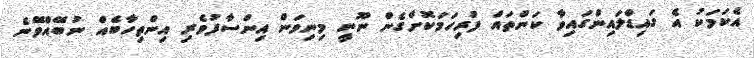
އެކަމަކު އެ ގައިޑްލައިންގައިވާ ކަންތައް ފުރިހަމަކޮށްގެން ނޫނީ މިނިވަން އިންސާފުވެރި އިންތިހާބެއް ނުބޭއްވޭނެ